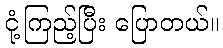
ငုံ့ကြည့်ပြီး ပြောတယ်။